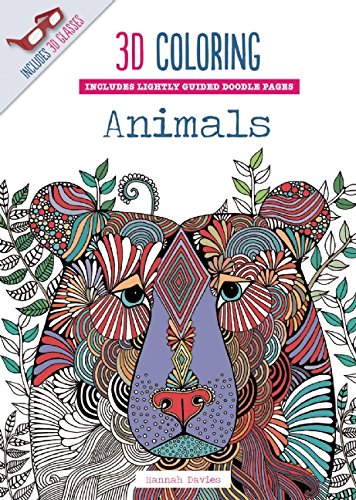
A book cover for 3D Coloring Animals; Humor & Entertainment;